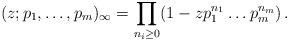
LaTeX: \begin{align*}(z;p_1,\dots,p_m)_\infty = \prod_{n_i \ge 0} (1-z p_1^{n_1} \dots p_m^{n_m}) \,.\end{align*}